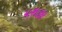
યશકર